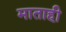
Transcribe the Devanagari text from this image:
माताही